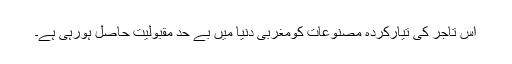
اس تاجر کی تیارکردہ مصنوعات کومغربی دنیا میں بے حد مقبولیت حاصل ہورہی ہے۔